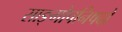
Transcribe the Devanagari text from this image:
साङ्गोपनिषदो